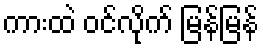
ကားထဲ ဝင်လိုက် မြန်မြန်